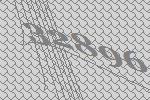
32896